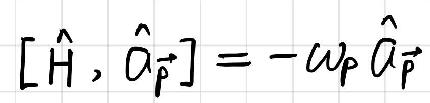
$[\hat{H}, \hat{a}_{\vec{p}}]=-\omega_{p} \hat{a}_{\vec{p}}$